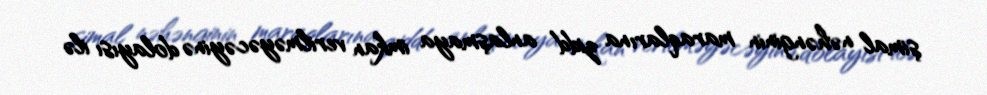
şimal nəhənginin maraqlarına zidd anlaşmaya imkan verilməyəcəyinə dolayısı ilə